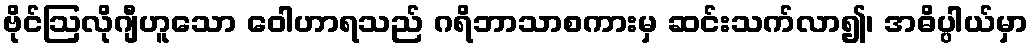
ဗိုင်ဩလိုဂျီဟူသော ဝေါဟာရသည် ဂရိဘာသာစကားမှ ဆင်းသက်လာ၍၊ အဓိပ္ပါယ်မှာ